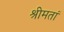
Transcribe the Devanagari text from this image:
श्रीमतां